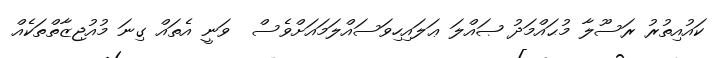
ކައުއިތުރު ރަސޫލާ މުޙައްމަދު ޞައްލަ ޢަަލައިހިވަސައްލަމައަށްވެސް  ވަނީ އެތައް ގިނަ މުއުޖިޒާތްތަކެއް